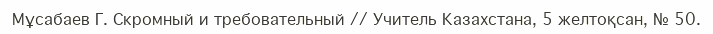
Мұсабаев Г. Скромный и требовательный // Учитель Казахстана, 5 желтоқсан, № 50.